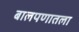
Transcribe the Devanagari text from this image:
बालपणातला